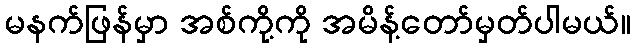
မနက်ဖြန်မှာ အစ်ကို့ကို အမိန့်တော်မှတ်ပါမယ်။